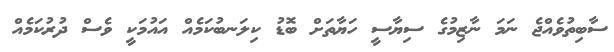
ސާބިތުވެއްޖެ ނަމަ ނާޒިމުގެ ސިޔާސީ ހަޔާތަށް ބޮޑު ކިލަނބުކަމެއް އައުމަކީ ވެސް ދުރުކަމެއް